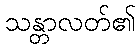
သန္တာလတ်၏